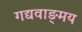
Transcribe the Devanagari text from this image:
गद्यवाङ्‌मय